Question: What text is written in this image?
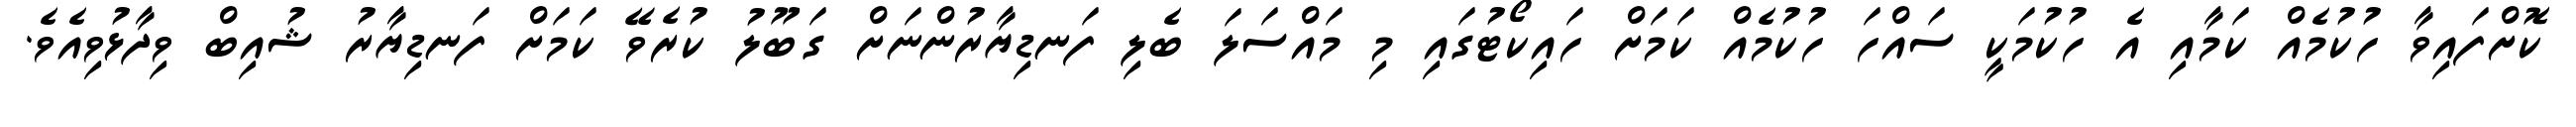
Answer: ކޮށްފައިވާ ހުކުމެއް ކަމާއި އެ ހުކުމަކީ ސައްހަ ހުކުމެއް ކަމަށް ހައިކޯޓުގައި މި މައްސަލަ ބެލި ފަނޑިޔާރުންނަށް ގަބޫލު ކުރެވޭ ކަމަށް ފަނޑިޔާރު ޝުއިބް ވިދާޅުވިއެވެ.